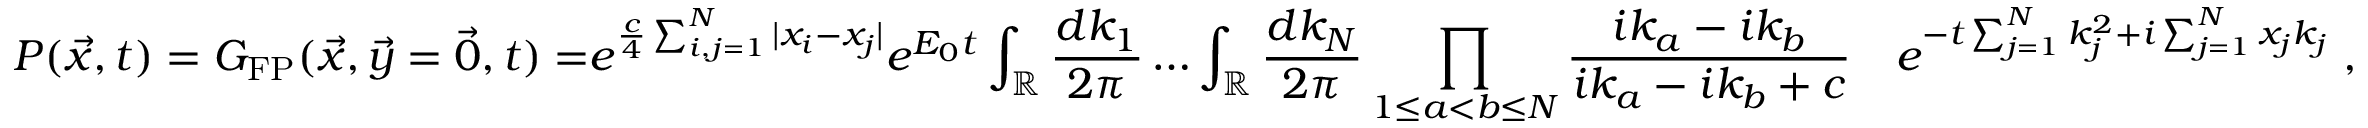
{ P ( \vec { x } , t ) = G _ { \mathrm { F P } } ( \vec { x } , \vec { y } = \vec { 0 } , t ) = } e ^ { \frac { c } { 4 } \sum _ { i , j = 1 } ^ { N } | x _ { i } - x _ { j } | } e ^ { E _ { 0 } t } \int _ { \mathbb { R } } \frac { d k _ { 1 } } { 2 \pi } \dots \int _ { \mathbb { R } } \frac { d k _ { N } } { 2 \pi } \prod _ { 1 \leq a < b \leq N } \frac { i k _ { a } - i k _ { b } } { i k _ { a } - i k _ { b } + c } \quad e ^ { - t \sum _ { j = 1 } ^ { N } k _ { j } ^ { 2 } + i \sum _ { j = 1 } ^ { N } x _ { j } k _ { j } } \; ,